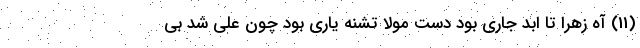
(11) آه زهرا تا ابد جاری بود دست مولا تشنه یاری بود چون علی شد بی